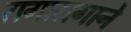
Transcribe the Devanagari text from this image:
रागारागाने